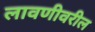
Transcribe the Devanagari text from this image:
लावणीवरील